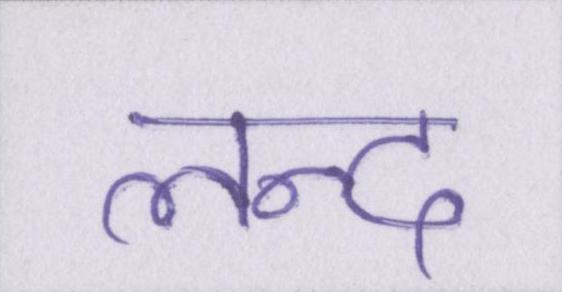
लन्द